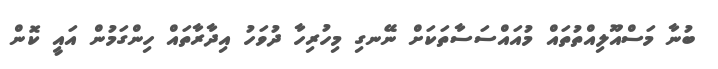
ބުނާ މަސްއޫލިއްތުތައް މުއައްސަސާތަކަށް ނޭނގި މިހުރިހާ ދުވަހު އިދާރާތައް ހިންގަމުން އައީ ކޮން